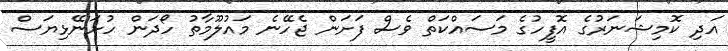
އަދި ކޮމިޝަނަރުގެ އޮފީހުގެ މަސައްކަތް ވެސް ފަށަން ޖެހޭނެ މައުލޫމާތު ހޯދަން ހުށަނޭޅިޔަސް